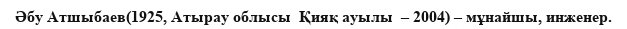
Әбу Атшыбаев(1925, Атырау облысы  Қияқ ауылы  – 2004) – мұнайшы, инженер.